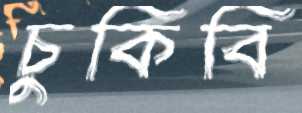
চুকিবি